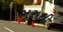
ભૂરાથી